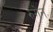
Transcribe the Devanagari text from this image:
रुगेन